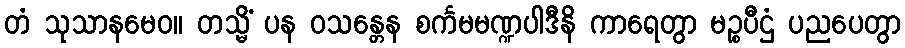
တံ သုသာနမေဝ။ တသ္မိံ ပန ဝသန္တေန စင်္ကမမဏ္ဍပါဒီနိ ကာရေတွာ မဉ္စပီဌံ ပညပေတွာ